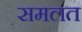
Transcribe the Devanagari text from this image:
समलत